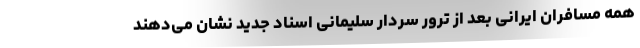
همه مسافران ایرانی بعد از ترور سردار سلیمانی اسناد جدید نشان می‌دهند